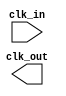
`timescale 1ns / 1ps
//////////////////////////////////////////////////////////////////////////////////
// Company: 
// Engineer: 
// 
// Design Name: 
// Module Name: clk_divider
// Project Name: 
// Target Devices: 
// Tool Versions: 
// Description: 
// 
// Dependencies: 
// 
// Revision:
// Revision 0.01 - File Created
// Additional Comments:
// 
//////////////////////////////////////////////////////////////////////////////////


module clk_divider(
    input clk_in,
    output clk_out
    );
endmodule